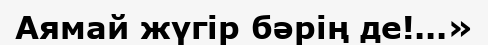
Аямай жүгір бәрің де!...»